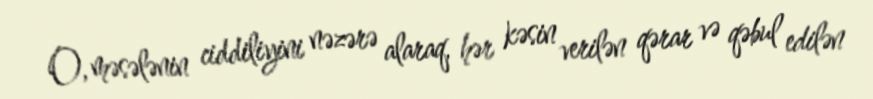
O, məsələnin ciddiliyini nəzərə alaraq, hər kəsin verilən qərar və qəbul edilən